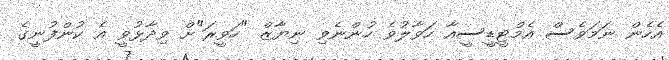
އެހެން ނަމަވެސް އެމްޓީޑީސީއާ ހަވާލުވެ ހުންނެވި ނިޔާޒް "ހަވީރަ"ށް ވިދާޅުވީ އެ ކުންފުނީގެ